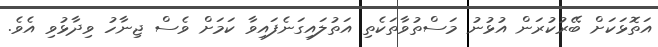
އަތޮޅަކަށް ބޭރުކުރަން އުޅުނު މަސްތުވާތަކެތި އަތުލައިގަނެފައިވާ ކަމަށް ވެސް ޖިނާހު ވިދާޅުވި އެވެ.